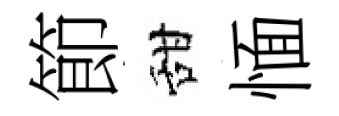
節甜愐